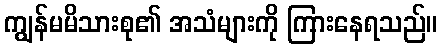
ကျွန်မမိသားစု၏ အသံများကို ကြားနေရသည်။